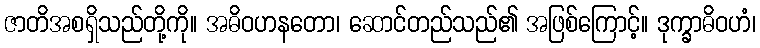
ဇာတိအစရှိသည်တို့ကို။ အဓိဝဟနတော၊ ဆောင်တည်သည်၏ အဖြစ်ကြောင့်။ ဒုက္ခာဓိဝဟံ၊